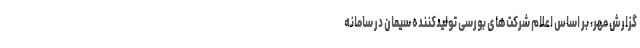
گزارش مهر، بر اساس اعلام شرکت‌های بورسی تولیدکننده سیمان در سامانه